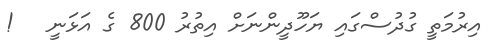
އިރުމަތީ ގުދުސްގައި ޔަހޫދީންނަށް އިތުރު 800 ގެ އަޅަނީ   !